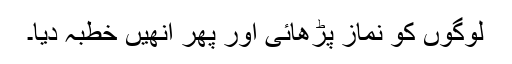
لوگوں کو نماز پڑھائی اور پھر انھیں خطبہ دیا۔